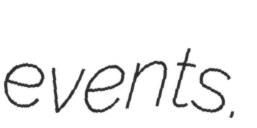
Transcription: events.